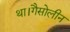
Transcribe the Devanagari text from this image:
था।गैसोलीन